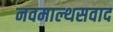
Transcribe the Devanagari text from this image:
नवमाल्थसवाद